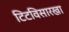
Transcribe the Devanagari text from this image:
टिटविसारखा